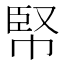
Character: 𢃥